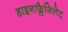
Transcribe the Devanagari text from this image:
डाइनाफ्लैजिलेट्